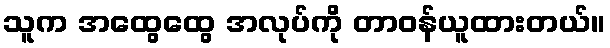
သူက အထွေထွေ အလုပ်ကို တာဝန်ယူထားတယ်။